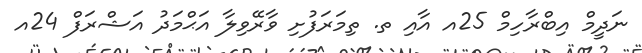
ނަދީމް އިބްރާހިމް 25އ އާއި ތ. ތިމަރަފުށި ވާރޭވިލާ އަޙްމަދު އަޝްރަފް 24އ